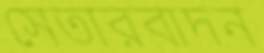
সেতারবাদন